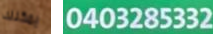
يمكنك 0403285332